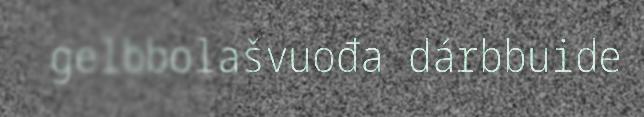
gelbbolašvuođa dárbbuide